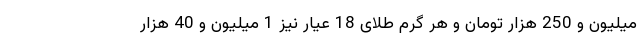
میلیون و 250 هزار تومان و هر گرم طلای 18 عیار نیز 1 میلیون و 40 هزار